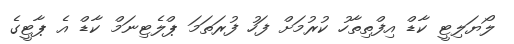
ލޯޔަލިޓީ ކާޑް އިފްތިތާހު ކުރުމަށް ފަހު ފުރަތަމަ ޕްލެޓިނަމް ކާޑް އެ ޕާޓީގެ